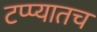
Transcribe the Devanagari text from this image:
टप्प्यातच